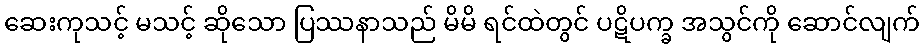
ဆေးကုသင့် မသင့် ဆိုသော ပြဿနာသည် မိမိ ရင်ထဲတွင် ပဋိပက္ခ အသွင်ကို ဆောင်လျက်